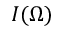
I ( \Omega )